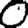
Digit: 0